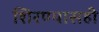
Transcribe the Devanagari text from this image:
शिरण्यासही